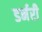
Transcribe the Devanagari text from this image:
डर्नरी